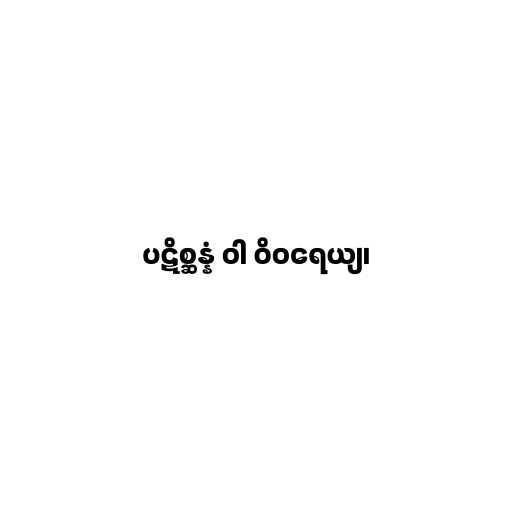
ပဋိစ္ဆန္နံ ဝါ ဝိဝရေယျ၊